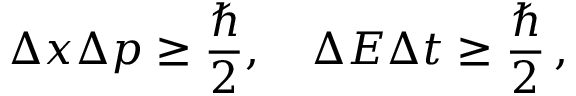
\Delta x \Delta p \geq { \frac { \hbar } { 2 } } , \quad \Delta E \Delta t \geq { \frac { \hbar } { 2 } } \, ,